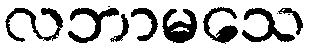
လဘာမသေ